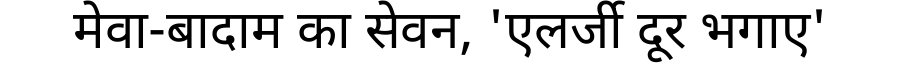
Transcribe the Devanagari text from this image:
मेवा-बादाम का सेवन, 'एलर्जी दूर भगाए'